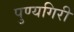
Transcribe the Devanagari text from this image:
पुण्यगिरी